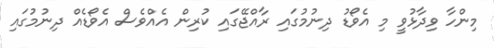
މިންހާ ވިދާޅުވީ މި އެވޯޑު ދިނުމުގައި ރާއްޖޭގައި ކުރިން އެއްވެސް އެވޯޑެއް ދިނުމުގައި